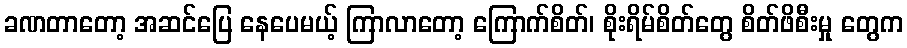
ခဏတာတော့ အဆင်ပြေ နေပေမယ့် ကြာလာတော့ ကြောက်စိတ်၊ စိုးရိမ်စိတ်တွေ စိတ်ဖိစီးမှု တွေက